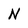
Character: N